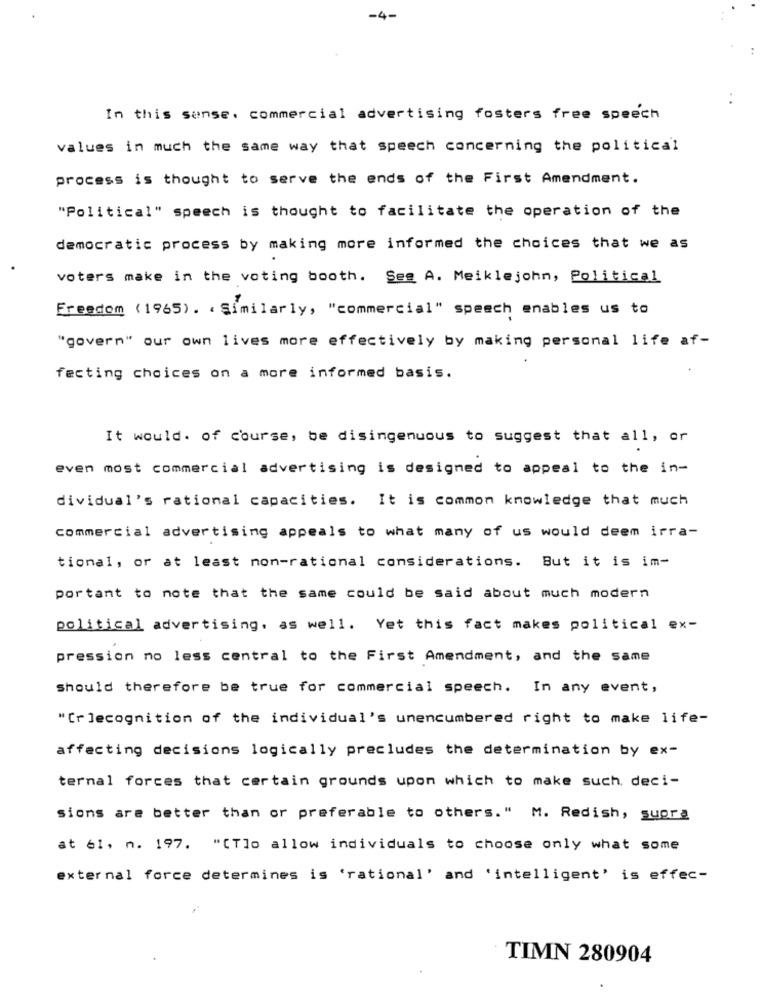
-4-
In this sense. commercial advertising fosters free speech
values in much the same way that speech concerning the political
process is thought to serve the ends of the First Amendment.
"Political" speech is thought to facilitate the operation of the
democratic process by making more informed the choices that we as
voters make in the voting booth. Seg A. Meiklejohn, Political
Freedom (1965) . . Similarly, "commercial" speech enables us to
"govern" our own lives more effectively by making personal life af-
fecting choices on a more informed basis.
It would. of course, be disingenuous to suggest that all, or
even most commercial advertising is designed to appeal to the in-
dividual's rational capacities. It is common knowledge that much
commercial advertising appeals to what many of us would deem irra-
tional, or at least non-rational considerations. But it is im-
portant to note that the same could be said about much modern
political advertising. as well. Yet this fact makes political ex-
pression no less central to the First Amendment, and the same
should therefore be true for commercial speech. In any event,
"[r lecognition of the individual's unencumbered right to make life-
affecting decisions logically precludes the determination by ex-
ternal forces that certain grounds upon which to make such, deci-
sions are better than or preferable to others." M. Redish, supra
at 61. n. 197. "[Tlo allow individuals to choose only what some
external force determines is 'rational' and 'intelligent' is effec-
TIMN 280904